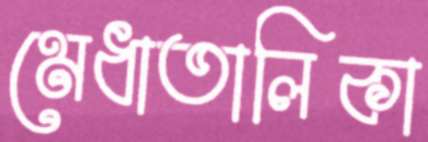
মেধাতালিকা